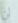
لن